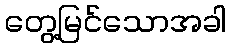
တွေ့မြင်သောအခါ